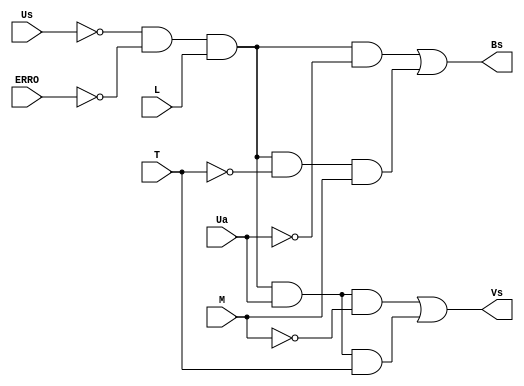
// Declaracao do modulo
module Irrigacao (Us, Ua, T, M, L, ERRO, Bs, Vs);  

	// Declaracao de portas
	input Us, Ua, T, M, L, ERRO;
	output Bs, Vs;
	
	// Declaracao dos fios intermediarios
	wire Wire_us, Wire_ua, Wire_nt, Wire_nm, wire_onf, Wire_ne,
		  wire_bs1, wire_bs2, wire_vs1, wire_vs2;
	
	// Funcionamento do circuito
	
	// Fios com negaes das entradas
	not Us1 (Wire_us, Us);
	not Ua1 (Wire_ua, Ua);
	not t1 (Wire_nt, T);
	not h1 (Wire_nh, H);
	not m1 (Wire_nm, M);
	not er1 (Wire_ne, ERRO);
	
	// Tratamento de quando a rega vai ligar
	and on_Off (wire_onf, Wire_us, Wire_ne, L);

	// Tratamento do tipo de Rega
	
	// Bomba de Asperso
	and bs1 (wire_bs1, wire_onf, Wire_ua);
	and bs2 (wire_bs2, wire_onf, Wire_nt, M);
	or bs3 (Bs, wire_bs1, wire_bs2);
	
	// Valvula de Gotejamento 
	and vs1 (wire_vs1, wire_onf, Ua, Wire_nm);
	and vs2 (wire_vs2, wire_onf, Ua, T);
	or vs3 (Vs, wire_vs1, wire_vs2);

endmodule